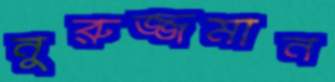
নুরুজ্জমান